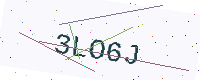
Text: 3LO6J